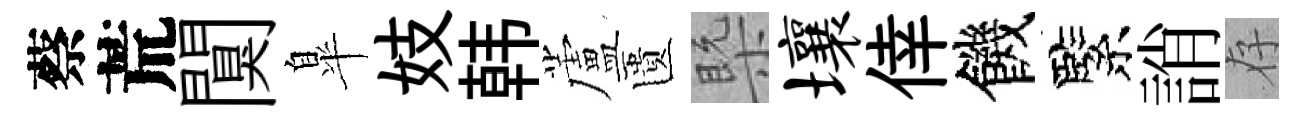
蔡荒闃臯妓韩蘆匱槩壤倖饑緊誚存